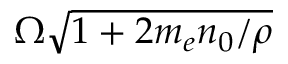
\Omega \sqrt { 1 + 2 m _ { e } n _ { 0 } / \rho }